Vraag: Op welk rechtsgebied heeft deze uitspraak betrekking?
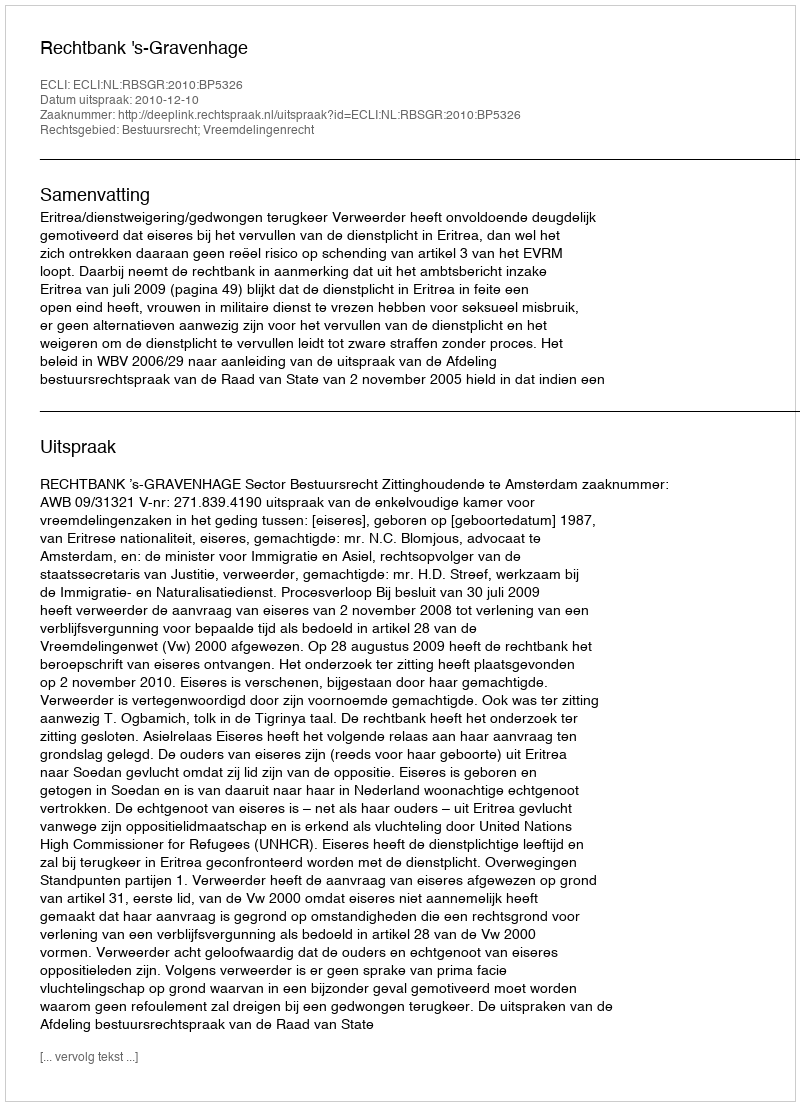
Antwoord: Bestuursrecht; Vreemdelingenrecht